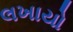
લખાયો